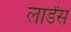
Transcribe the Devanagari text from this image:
लार्डंस